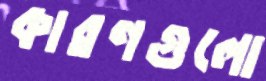
কারণগুলো